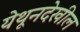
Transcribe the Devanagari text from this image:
येथूनदेखील